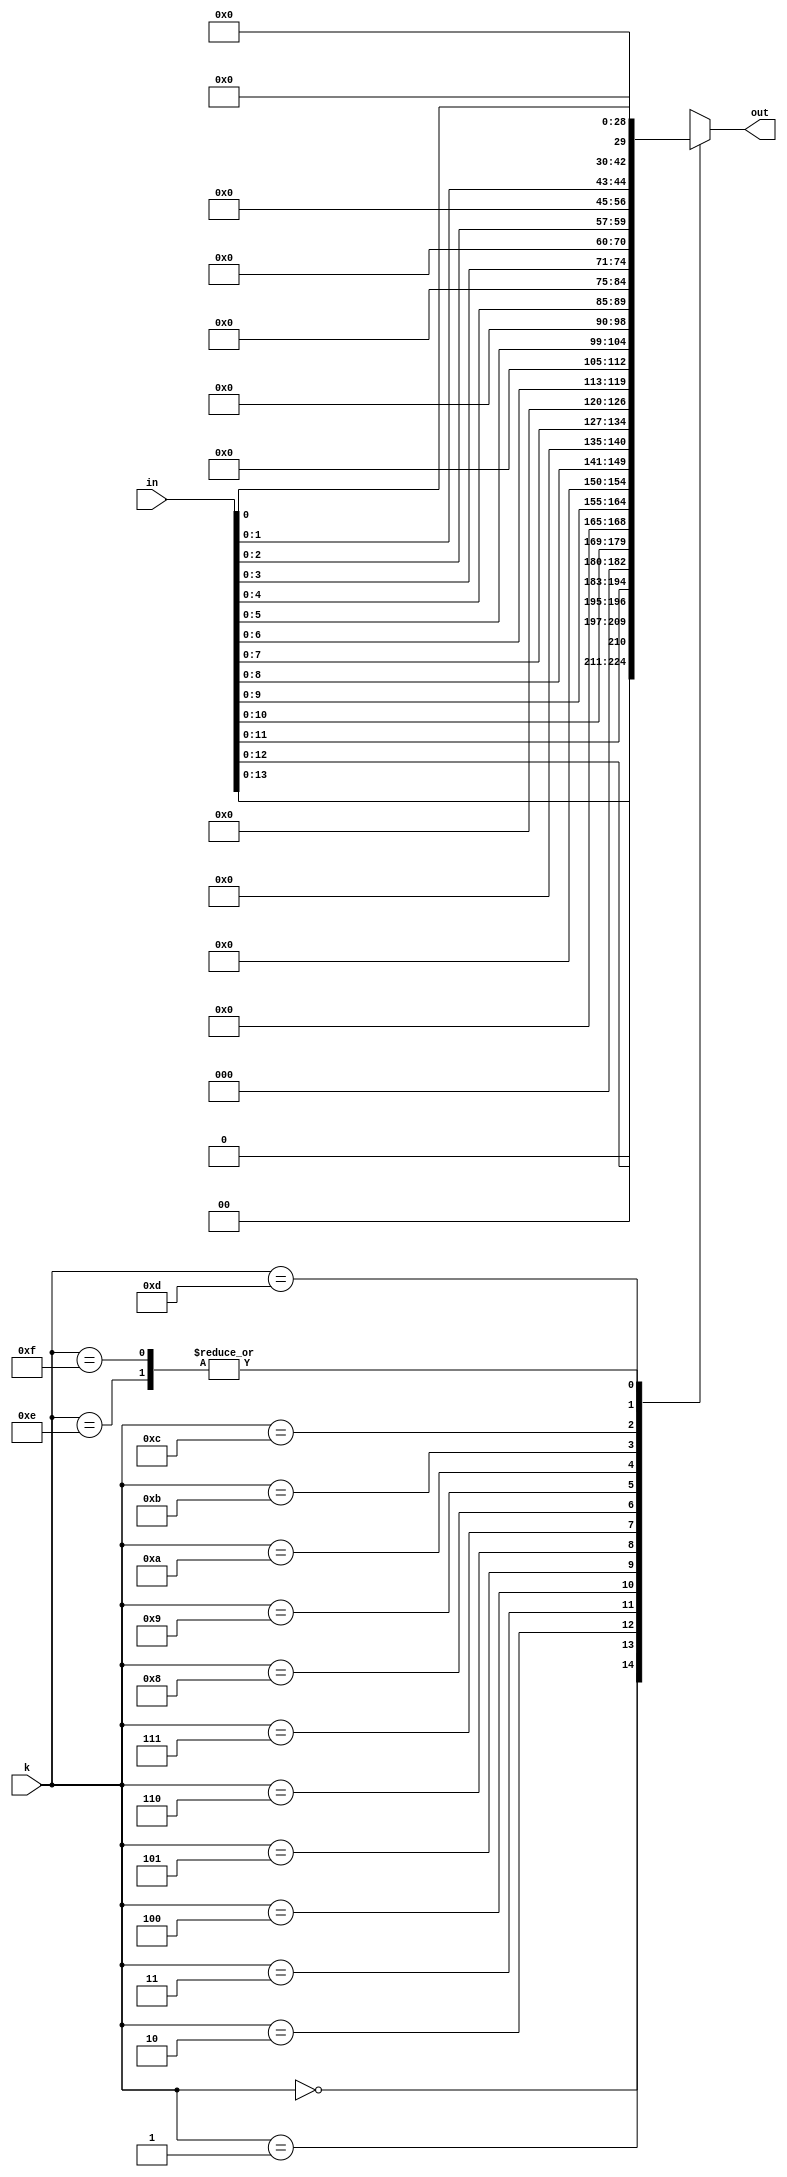
module left_shifter(out, in, k);
input [14:0] in;
input [3:0] k;

output reg [14:0] out;

always @(in,k)
case(k)
 0: out = in << 1;
 1: out = in << 2;
 2: out = in << 3;
 3: out = in << 4;
 4: out = in << 5;
 5: out = in << 6;
 6: out = in << 7;
 7: out = in << 8;
 8: out = in << 9;
 9: out = in << 10;
10: out = in << 11;
11: out = in << 12;
12: out = in << 13;
13: out = in << 14;
14: out = in << 15;
15: out = in << 16;
endcase

endmodule